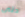
حتى